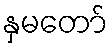
နှမတော်